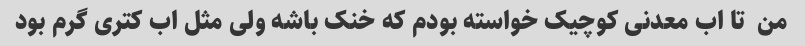
من  تا اب معدنی کوچیک خواسته بودم که خنک باشه ولی مثل اب کتری گرم بود